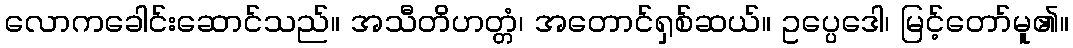
လောကခေါင်းဆောင်သည်။ အသီတိဟတ္တံ၊ အတောင်ရှစ်ဆယ်။ ဥပ္ပေဒေါ၊ မြင့်တော်မူ၏။